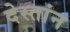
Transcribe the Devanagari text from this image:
देस्तांन